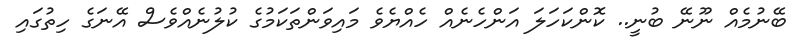
ބޭނުމެއް ނޫނޭ ބުނީ.. ކޮންކަހަލަ އަންހެނެއް ހެއްޔެވެ މައިވަންތަކަމުގެ ކުލުނެއްވެސް އޭނަގެ ހިތުގައި